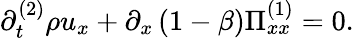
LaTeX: \partial_{t}^{(2)}\rho u_{x}+\partial_{x}\left(1-\beta\right)\Pi_{xx}^{(1)}=0.